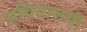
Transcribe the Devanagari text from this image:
सचिवालयी